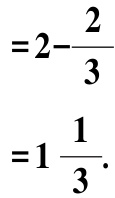
\[
\begin{align*}
&=2 - \frac{2}{3}\\
&=1\frac{1}{3}.
\end{align*}
\]